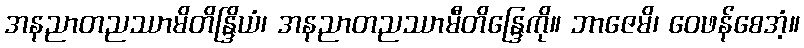
အနညာတညဿာမိတိန္ဒြိယံ၊ အနညာတညဿာမီတိန္ဒြေကို။ ဘာဇေမိ၊ ဝေဖန်စေအံ့။